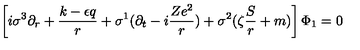
\left[ i \sigma ^ { 3 } \partial _ { r } + \frac { k - \epsilon q } r + \sigma ^ { 1 } ( \partial _ { t } - i \frac { Z e ^ { 2 } } r ) + \sigma ^ { 2 } ( \zeta \frac S r + m ) \right] \Phi _ { 1 } = 0